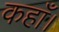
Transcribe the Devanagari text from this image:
कहाँ।